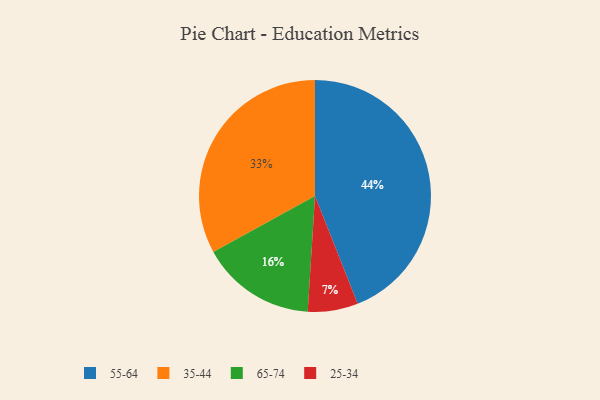
{"axis": {"x": "Category", "y": "Percentage"}, "legend": ["25-34", "35-44", "55-64", "65-74"], "data": [{"x": "65-74", "y": 16, "type": "65-74"}, {"x": "25-34", "y": 7, "type": "25-34"}, {"x": "35-44", "y": 33, "type": "35-44"}, {"x": "55-64", "y": 44, "type": "55-64"}]}